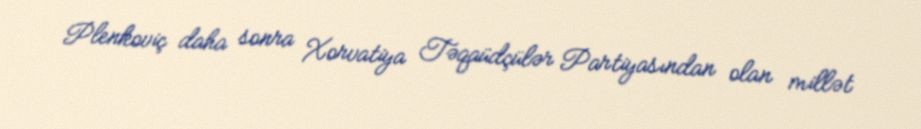
Plenkoviç daha sonra Xorvatiya Təqaüdçülər Partiyasından olan millət